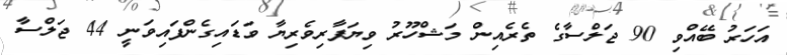
އަހަރު ބޭއްވި 90 ޖަލްސާގެ ތެރެއިން މަޝްހޫރު ވިޔަފާރިވެރިޔާ ވަޑައިގެންފައިވަނީ 44 ޖަލްސާ